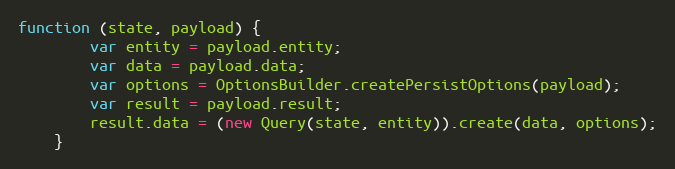
Language: JavaScript
function (state, payload) {
        var entity = payload.entity;
        var data = payload.data;
        var options = OptionsBuilder.createPersistOptions(payload);
        var result = payload.result;
        result.data = (new Query(state, entity)).create(data, options);
    }